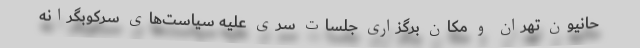
حانیون تهران و مکان برگزاری جلسات سرّی علیه سیاست‌های سرکوبگرانه